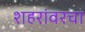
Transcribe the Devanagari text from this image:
शहरांवरचा